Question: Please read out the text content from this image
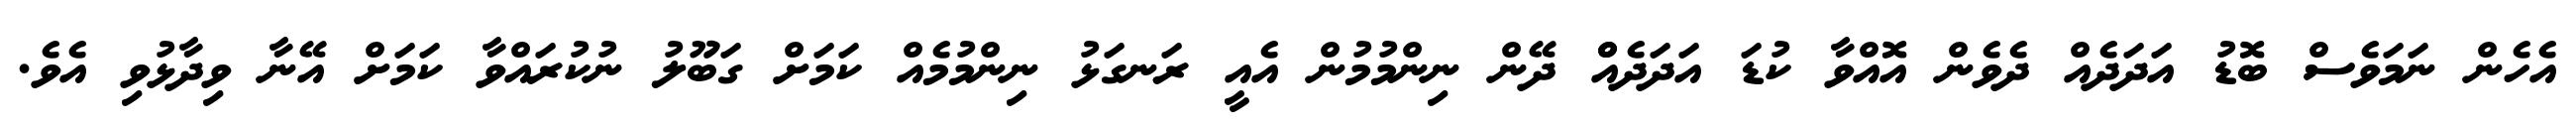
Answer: އެހެން ނަމަވެސް ބޮޑު އަދަދެއް ދެވެން އޮއްވާ ކުޑަ އަދަދެއްް ދޭން ނިންމުމުން އެއީ ރަނގަޅު ނިންމުމެއް ކަމަށް ގަބޫލު ނުކުރައްވާ ކަމަށް އޭނާ ވިދާޅުވި އެވެ.